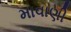
માવાણી